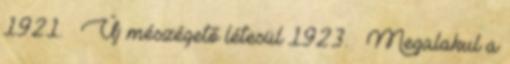
1921. – Új mészégető létesül 1923. – Megalakul a